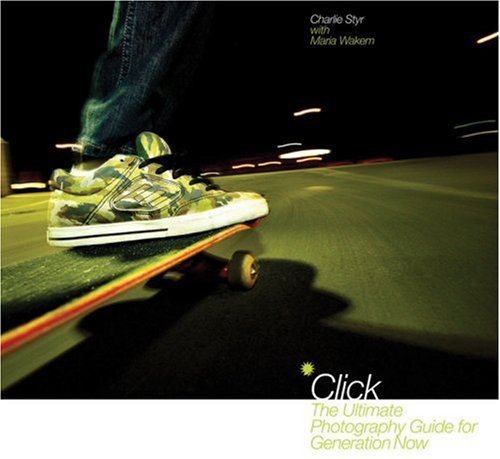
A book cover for Click: The Ultimate Photography Guide for Generation Now; Charlie Styr; Teen & Young Adult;